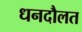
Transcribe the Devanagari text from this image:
धनदौलत